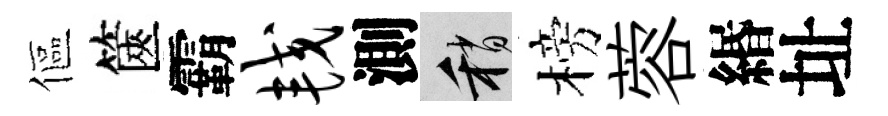
傴篋霸较測稍榜蓉緡址